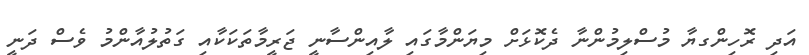
އަދި ރޮހިންގޔާ މުސްލިމުންނާ ދެކޮޅަށް މިޔަންމާގައި ލާއިންސާނީ ޖަރީމާތަކަކާއި ގަތުލުއާންމު ވެސް ދަނީ